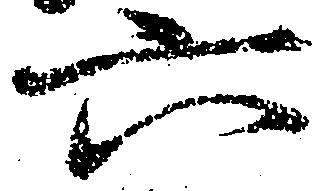
六